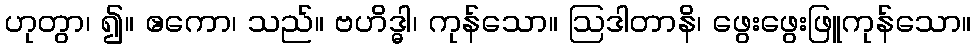
ဟုတွာ၊ ၍။ ဧကော၊ သည်။ ဗဟိဒ္ဓါ၊ ကုန်သော။ ဩဒါတာနိ၊ ဖွေးဖွေးဖြူကုန်သော။